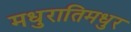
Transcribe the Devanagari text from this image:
मधुरातिमधुर